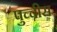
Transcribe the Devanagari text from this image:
पुच्चीस